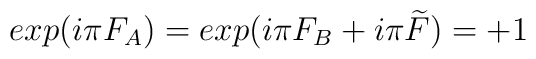
exp(i\pi F_{A})=exp(i\pi F_{B}+i\pi \widetilde{F})=+1